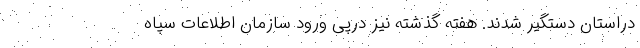
دراستان دستگیر شدند. هفته گذشته نیز درپی ورود سازمان اطلاعات سپاه